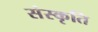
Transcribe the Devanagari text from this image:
संस्‍कृति